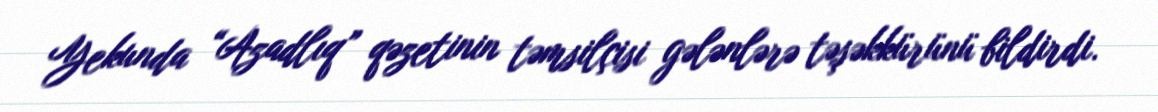
Yekunda “Azadlıq” qəzetinin təmsilçisi gələnlərə təşəkkürünü bildirdi.